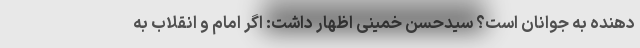
دهنده به جوانان است؟ سیدحسن خمینی اظهار داشت: اگر امام و انقلاب به